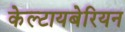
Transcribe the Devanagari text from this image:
केल्टायबेरियन